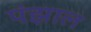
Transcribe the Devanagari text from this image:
पंझाल